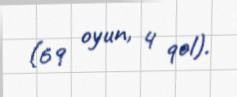
(69 oyun, 4 qol).